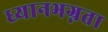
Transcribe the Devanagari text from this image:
ध्यानभग्नता